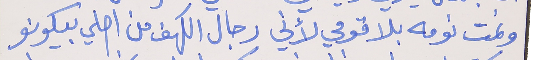
ونمت نومه بلا قومي لأني     رجال الكهف من اصلي بيكونو